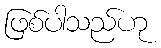
ဖြစ်ပါသည်ဟု